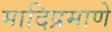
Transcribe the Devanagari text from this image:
मादिप्रमाणे